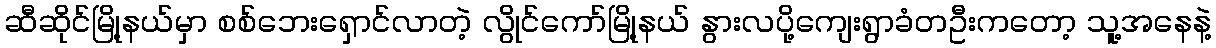
ဆီဆိုင်မြို့နယ်မှာ စစ်ဘေးရှောင်လာတဲ့ လွိုင်ကော်မြို့နယ် နွားလပို့ကျေးရွာခံတဦးကတော့ သူ့အနေနဲ့